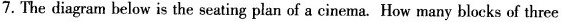
7. The diagram below is the seating plan of a cinema. How many blocks of three